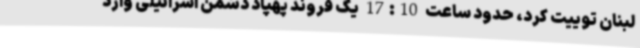
لبنان توییت کرد، حدود ساعت 17:10 یک فروند پهپاد دشمن اسرائیلی وارد